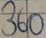
Text: 360